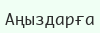
Аңыздарға